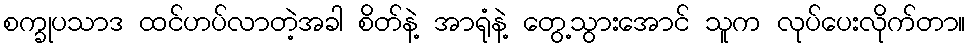
စက္ခုပသာဒ ထင်ဟပ်လာတဲ့အခါ စိတ်နဲ့ အာရုံနဲ့ တွေ့သွားအောင် သူက လုပ်ပေးလိုက်တာ။